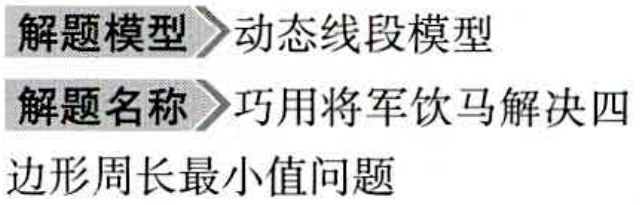
解题模型 动态线段模型
解题名称 巧用将军饮马解决四
边形周长最小值问题